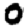
Digit: 0